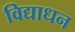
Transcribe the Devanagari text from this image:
विद्याधन